Vital statistics of India. Vol. IV, Annual returns from 1871 to 1876. British Army of India, Native Army and jails of Bengal
Year: 1871
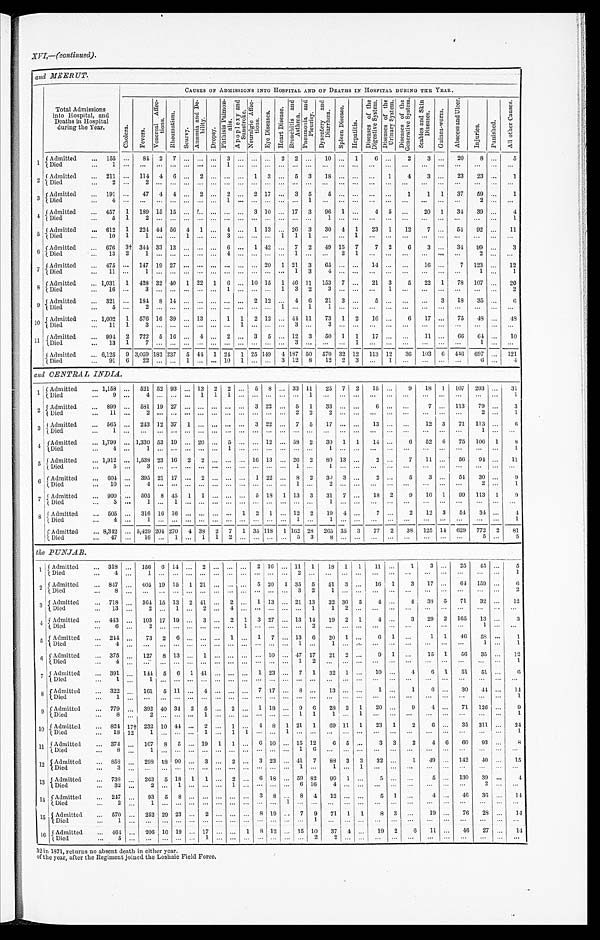
and MEERUT.
Total Admissions
into Hospital, and
Deaths in Hospital
during the Year.
CAUSES OF ADMISSIONS INTO HOSPITAL AND OF DEATHS IN HOSPITAL DURING THE YEAR.
C h o l e r a . F e v e r s .
V e n e r e a l A f f e c t i o n s .
R h e u m a t i s m .
S c u r v y .
A n æ m i a a n d D e b i l i t y .
D r o p s y .
P h t h i s i s P u l m o n a l i s .
A p o p l e x y a n d S u n s t r o k e .
N e u r a l g i c A f f e c t i o n s .
E y e D i s e a s e s .
H e a r t D i s e a s e .
B r o n c h i t i s a n d A s t h m a . P n e u m o n i a a n d P l e u r i s y .
P n e u m o n i a a n d P l e u r i s y .
D y s e n t e r y a n d D i a r r h œ a .
S p l e e n D i s e a s e .
H e p a t i t i s .
D i s e a s e s o f t h e D i g e s t i v e S y s t e m .
D i s e a s e s o f t h e U r i n a r y S y s t e m ..
D i s e a s e s o f t h eG
e n e r a t i v e
S y s t e m . S c a b i e s a n d S k i n D i s e a s e s .
G u i n e a - w o r m .
A b s c e s s a n d U l c e r .
I n j u r i e s .
P u n i s h e d .
A l l o t h e r C a u s e s .
1
A d m i t t e d
. . .
1 5 5 ...
84 2 7 ... ... ... 3 ...
. . . ... 2 2
n
...
10 ... 1
6
. . .
2
3 ...
20
8 ...
5
Died
. . .
1 . . .
. . .
. . .
. . .
. . .
. . .
. . . 1
. . .
. . .
. . . . . .
. . .
. . .
. . .
. . . . . .
. . .
. . .
. . .
. . .
. . .
. . .
. . .
. . .
. . .
2 Admitted
... 211 ... 114 4 6 ... 2 ...
. . . ... 1 3 ... 5 3
1 8 ... ...
. . . 1
4
3
. . .
23
23
. . .
1
Died
. . .
2
. . .
2
. . .
. . .
. . .
. . .
. . .
. . .
. . .
. . .
. . . ...
. . .
. . .
. . .
. . . . . . ...
. . .
. . .
. . . ...
...
. . . ...
...
3 Admitted
... 191
. . . 47 4 4 ... 2 ... 2 ... 2 17 ... 3 5
5 ... ... ... ...
1
1 1
37
59 ...
1
Died
. . .
4
. . .
. . .
. . .
. . .
. . .
. . .
. . .
1
. . .
. . .
. . . ...
. . .
1
. . .
. . . . . .
. . .
. . .
. . .
...
. . . ...
2
. . .
...
4 Admitted
... 457 1 189 15 15 ... ...
. . .
... 3 10 ... 17 3
96 1 ...
4 5
. . .
20 1
34
39
. . .
4
Died
...
5 1
2 ... ...
. . .
. . .
. . .
. . .
. . .
. . .
. . . . . . ...
. . .
1
. . . . . .
. . .
. . .
. . .
. . .
. . . ...
. . .
. . .
1
5 Admitted
... 612 1 224 44 56 4 1
. . . 4 ... 1 13 ... 26 3
30 4 1
23 1
12
7 ...
54
92
. . .
11
Died
. . . 10 1
1
. . .
. . .
1
. . .
. . .
3
. . .
. . .
. . . 1
1
1
. . .
. . . 1
. . .
. . . .
. . .
. . .
. . . ...
. . . ...
...
6 Admitted
. . . 676 3 344 33 13 ... ... ... 6
. . . 1 42 ... 7 2
49 15 7
7 2
6
3 ...
34
99
. . . 3
Died
. . .
1 3
2
1
. . .
. . .
. . .
. . .
. . .
4
. . .
. . .
. . . ...
1
. . .
. . .
2
1
. . .
. . .
. . .
. . .
. . . ...
2 ...
...
7
A d m i t t e d
... 475
. . . 147 19 27 ... ... ... ... ... ... 20 1 21 3
65 ... ...
14 ...
. . .
1 6 ...
7 123
. . .
12
Died
. . .
1 1
...
1
. . .
. . .
. . .
. . .
. . .
. . .
. . .
. . .
. . . ...
1
3
4
. . . . . .
. . .
. . . ...
... ... ...
1
...
1
8 Admitted
... 1,031 1 428 32 40 1 22 1 6 ... 10 15 1 46 11 153 7 ...
21 3
5
22 1
78 107 ...
20
Died
. . . 16
. . .
3
. . .
. . .
. . .
. . .
. . . 1
. . .
. . .
. . . 1 3
2
3
. . . . . .
. . . 1
. . .
. . .
. . . ...
. . .
. . . 2
9 Admitted
... 321 ... 184 8 14
. . . ... ... ... ... 2 12
. . . 4 6
21 3 ...
5
. . .
. . . ...
3
18
35
6
Died.
. . .
5
. . .
2
. . .
. . .
. . .
. . .
. . .
. . .
. . .
. . .
. . . 1
. . .
1
1
. . . . . .
. . .
. . .
. . .
. . . . . .
. . .
. . .
. . .
. . .
10 Admitted
... 1,002 1 576 16 39
. . . 13
. . . 1 1 2 12 ... 44 11
73 1 2
16 ...
6
17 ...
75
48
48
Died
. . .
1 1
1
3
. . . .
. . .
. . .
. . .
. . .
. . .
1
. . .
. . . ...
3
. . .
3
. . . . . .
. . .
. . .
. . .
. . .
. . . ...
. . . ...
...
11
Admitted
... 994 2 722 5 16 ... 4 ... 2
. . . 3 5
... 12 3
50 1 1
17 ... ...
11 ...
66 64
. . .
10
Died
. . .
1 3
1
7
. . .
. . .
. . .
. . .
. . .
. . .
. . .
. . .
. . . ...
3
. . .
. . .
. . . 1
. . .
. . .
. . .
. . .
. . . ...
1
...
...
Admitted
...
6 , 1 2 5
9 3,059 182 237
5
4 4
1
2 4
1 25 149 4
1 8 7
5 0 570 32 12 113 12
36 103
6 446 697
. . .
121
Died
. . .
9 1
6
2 2
. . .
. . .
1
. . . . . . 1 0
1
. . .
. . .
3
12
8
1 2
2
3
. . .
1
...
...
...
. . .
6
. . .
4
and CENTRAL INDIA.
1 Admitted
... 1,158
. . . 521 52 93
. . . 13
2 2 ... 5 8 ... 33 11
25 7 2
15
. . .
9
18 1 107 203
. . .
31
Died
. . .
9
. . .
4
. . . . . .
. . .
1
1
1 . . .
. . . . . . . . .
. . .
1
. . .
. . . ... ... ... ...
... ... ...
...
. . .
1
2 Admitted
... 899 ... 581 19 27 ...
. . . ... ... ... 3 22 ... 5 1
33 ... ...
6
. . .
. . .
7
. . . 113
79 ...
3
Died
. . .
1 1 . . .
2
. . . . . .
. . .
. . . . . .
. . . . . .
. . . . . . . . .
2
2
2
. . .
. . .
. . .
. . .
. . .
. . .
. . .
. . .
2 ...
1
3 Admitted
... 565
. . . 243 12 37 1
. . . ... ... ... 3 22 ... 7 5
17 ...
. . . 13 ... ...
12 3
71 113
. . .
6
Died
. . .
1
. . .
. . .
. . . . . .
. . .
. . . . . .
. . . . . .
. . . . . . . . .
. . .
. . .
. . .
. . .
. . .
. . .
. . .
. . .
. . .
. . .
. . .
1
. . .
. . .
4 Admitted
. . . 1,799 ... 1,330 53 19 ... 20 ... 5 ... ... 12
. . . 58 2
30 1 1
14 ...
6
52 6
75 106 1
8
Died
. . .
4
. . .
1
. . . . . .
. . .
. . . . . . 1 ... ... ... ... ... ...
1
. . .
. . .
. . .
. . .
. . .
. . .
. . .
. . .
. . . . . .
1
5 Admitted
. . . 1,912 ... 1,538 23 16 2 2 ... ...
. . . 16 13 ... 26 2
80 13 ...
2 ...
7
11 ...
56
94
. . . 11
Died
. . .
5
. . .
3
. . . . . .
. . .
. . . . . .
. . . . . .
. . . . . . . . . .
1
. . .
1
. . .
. . .
. . .
. . .
. . .
. . .
. . .
. . .
. . . . .
. . .
6 Admitted
... 604 ... 395 21 17
. . . 2
. . .
...
. . .
1 2 2 . . . 8 2
30 3
. . .
2
. . .
5
3 ...
54 30 ...
9
Died
. . . 10
. . .
4
. . . . . .
. . .
. . . . . .
. . . . . .
. . . . . . . . .
1
. . .
2
. . .
. . .
. . .
. . .
. . .
. . .
. . .
. . .
2
. . .
1
7 Admitted
... 900 ... 505
8 45 1 1
. . .
...
. . . 5 18 1 13 3
31 7 ...
18 2
9
10 1
99 113 1
9
Died
. . . 3
. . .
1
. . . 1
. . .
. . . . . .
. . . . . .
. . . . . . . . .
. . . ...
1
. . .
. . .
. . .
. . .
. . .
. . .
. . .
. . .
. . . . . .
. . .
8 Admitted
... 505 ... 316 16 16 ... ... ... ... 1 2 1 ... 12 2
19 4 ...
7 ...
2
12 3
54
34
. . .
4
Died
. . .
4
. . .
1
. . . . . .
. . .
. . . . . .
. . . . . .
. . . . . . . . .
1
. . .
1
. . .
. . .
. . .
. . .
. . .
. . .
. . .
. . .
. . . . . .
1
Admitted
. . . 8,342
. . . 5,41 26 9 204 270
4 38
2
7 . 1 3. 5
1 1 8 ..1 162
2 8
2 6 5 35
3 77
2
3 8
1 2 5 1 . 4 629 772 2
8 1
Died
.
..
4 7
...
1 6
. . . . . .
. . . .
1
1
2
. . .
. . . . . .
. . .
5 3
8
. . . . . .
. . .
. . .
. . .
. . .
. . .
. . .
. . . 5
. . .
5
the PUNJAB.
1 Admitted
... 318
. . . 156 6 14 ...
2 . . . . . .
. . . 2 16
. . . 11
1
18 1
1
11
. . .
1
3
. . .
25
45
. . .
5
Died
. . .
4 ...
1
. . .
. . . .
...
. . .
. . . . . .
. . .
. . .
. . . . . . . 2
. . .
. . .
. . .
. . .
. . . . . .
. . .
. . . . . .
. . .
. . .
. . . 1
2 Admitted
. . . 847 ... 405 19 15 1 21 ... ...
. . . 5 20 1 35 5
51 3 ...
16 1
3
17 ...
64 159 ...
6
Died
. . . .
8
. . .
. . .
. . .
. . .
...
. . .
. . . . . .
. . . ... ... ...
3
2
1
. . . . . .
. . . . . .
. . .
. . . . . .
. . .
. . .
. . . 2
3 Admitted
... 718 ... 364 15 13 2 41 ... 2
. . . 1 13 ... 21 13
32 30 5
4 ...
4
38 5
71
32 ...
12
Died
. . . 13
. . . 2
. . . 1 ...
2
. . . . 4
. . .
. . .
. . . . . .
. . . 1
1 2 . . .
. . . . . .
. . .
. . . . . .
. . .
. . .
. . .
. . .
4 Admitted
... 4-43
. . . 103 17 19 ... 3 ... 2 1 3 27
. . . 13 14
19 2
1
4 ...
3
29 2 165
13 ...
3
Died
. . .
6
. . .
2
. . .
. . .
...
. . .
. . . . . .
1
. . .
. . . . . .
. . .
2
. . .
. . . . . .
. . . . . .
. . .
. . . . . .
. . .
1
. . .
. . .
5 Admitted
. . . 244
. . . 73 2 6 ...
. . . ... 1 ... 1 7 ... 13 6
20 1 ...
6 1
. . .
1 1
46
58 ...
1
Died
. . .
4 . . .
. . .
. . .
. . .
...
. . .
. . . . . .
. . .
. . .
. . . . . .
1
. . .
1
. . . . . .
. . . . . .
. . .
. . . . . .
. . . 1 ...
1
6 Admitted
... 375 ... 127 8 13 ... 1 ... ... ... ... 10 ... 47 17
21 2 ...
9 1 ...
15 1
56
35 ...
12
Died
. . .
4
. . .
. . .
. . .
. . .
...
. . .
. . . . . .
. . .
. . .
. . . . . .
1
2
. . .
. . . . . .
. . . . . .
. . .
. . . . . .
. . .
. . .
. . .
1
7 Admitte
... 391
. . . 144 5 6 1 41
. . . . . .
. . . 1 23
. . . 7 . 1
32 1 ...
10
. . .
4
6 1
51
51
. . .
6
Died
. . .
1
. . .
1 . . .
. . .
...
. . . . . .
. . .
. . .
. . .
. . . . . . . . .
. . .
. . . ... ...
. . . ... ...
... ...
...
. . .
......
. . .
8
Admitted
... 322
. . . 161 5 11 ... 4 ... ... ,.. 7 17 ... 8 ...
13
. . . . . .
1
. . . 1
6
. . . 30
44 ...
14
Died
. . . 1
. . .
. . .
. . . ... ... ...
. . . . . .
. . .
. . . ...
. . .
. . . ... ...
. . . . . .
. . .
. . .
. . .
. . .
. . .
. . .
. . .
. . .
1
9
Admitted
. . .
7 7 9
. . .
3 9 2 40
3 4 2 5
. . . 2
. . . 1 18
. . .
9
6
2 8 2 1
2 0
. . .
9
4 ...
7 1 126 ...
9
Died
...
8
. . .
2
. . . . . . . . . .
1 . . . . . .
. . .
. . .
. . . . . . 1
1
1 . . .
1
. . .
. . .
. . .
. . . . . .
. . .
. . .
. . .
1
1 0 Admitted
. . . 824 17† 232 10
4 4 ... 2 ... 1 ..
4 8 1 21 1
69 11 1
23 1
2
6 ...
35 311 ...
24
Died
. . . 18 1 2
1
. . .
. . .
...
1
. . . 1 1
. . .
. . . 1
. . .
. . .
. . .
. . . . . .
. . . . . .
. . .
. . . . . .
. . .
. . .
. . .
. . .
11 Admitted
... 374
. . . 107 8 5 ... 19 1 1
. . . 6 10 ... 15 12
6 5 ...
3 3
2
4 6
60
93 ...
8
Died
. . .
8
. . .
1
. . .
. . .
...
. . .
. . . . . .
. . .
. . .
. . .
. . . 1 6 ... ... ...
...
. . .
. . .
. . . . . .
. . .
. . .
. . .
. . .
12 Admitted
... 858
. . . 298 18 90 ... 3
. . . 2
. . . 3 23
. . . 41 7
88 3 3
32 ...
1
49 ... 142
40 ...
15
Died
...
3
. . .
. . .
. . .
. . . ...
. . .
. . .
. . .
. . .
. . .
. . . . . .
1
. . .
1 ... 1
. . . . . . ...
... ... ...
...
. . .
. . .
1 3
Admitte
... 738
. . . 263 5 18 1 1 ... 2
. . . 6 18
. . . 59 82
99 1 ...
5
. . .
. . .
5
. . . 130
39 ...
4
Died
. . .
3 2 . . .
2
. . .
1 ...
. . .
. . . 1
. . .
. . .
. . . . . .
6
1 6
4
. . . . . .
. . . . . .
. . .
. . . . . .
. . .
2
. . .
. . .
14 I Admitted
. . . 247
. . . 93 5 8 ...
. . .
. . . . . . ... 3 8 . . .
8 4
12 ... ...
5 1 ...
4 ...
46
36 ...
14
Died
...
2 ...
1
. . .
. . .
...
. . .
. . . . . .
. . .
. . .
. . . 1
. . .
. . .
. . .
. . . . . .
. . . . . .
. . .
. . . . . .
. . .
. . .
. . .
. . .
1 5 Admitted
... 570 ... 252 29 23 ... 2 ...
. . . ... 8 19
. . . 7 9
71 1 1
8 3
. . .
19
. . .
76
28
. . . 14
Died
. . .
1 .. ...
. . .
... ... ...
. . .
. . .
. . .
. . . . . .
. . .
1
. . .
. . . . . .
. . . . . .
. . .
. . . . . .
. . .
. . .
. . .
. . .
1 6 Admitted
... 464
. . . 206 10 19 ... 17 ... ... 1 8 12 ... 15 10
37 4 . . .
19 2
6
11 ...
46
27
. . . 14
Died
. . . 5
. . .
. . .
. . .
. . .
...
1
. . .
. . .
. . .
. . .
. . . . . .
. . . 2
2
. . .
. . .
. . . ...
. . .
. . .
. . .
. . .
. . .
. . .
. . .
32 in 1871, returns no absent death in either year.
of the year, after the Regiment joined the Loshaie Field Force.